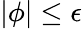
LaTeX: \lvert\phi\rvert\leq\epsilon